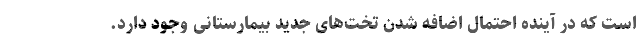
است که در آینده احتمال اضافه شدن تخت‌های جدید بیمارستانی وجود دارد.